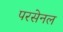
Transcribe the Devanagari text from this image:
परसेनल